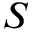
S